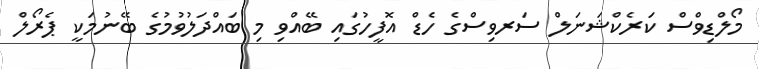
މޯލްޑިވްސް ކަރެކްޝަނަލް ސަރވިސްގެ ހެޑް އޮފީހުގައި ބޭއްވި މި ބައްދަލުވުމުގެ ބޭނުމަކީ ޕެރޯލް